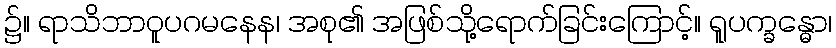
၌။ ရာသိဘာဝူပဂမနေန၊ အစု၏ အဖြစ်သို့ရောက်ခြင်းကြောင့်။ ရူပက္ခန္ဓော၊